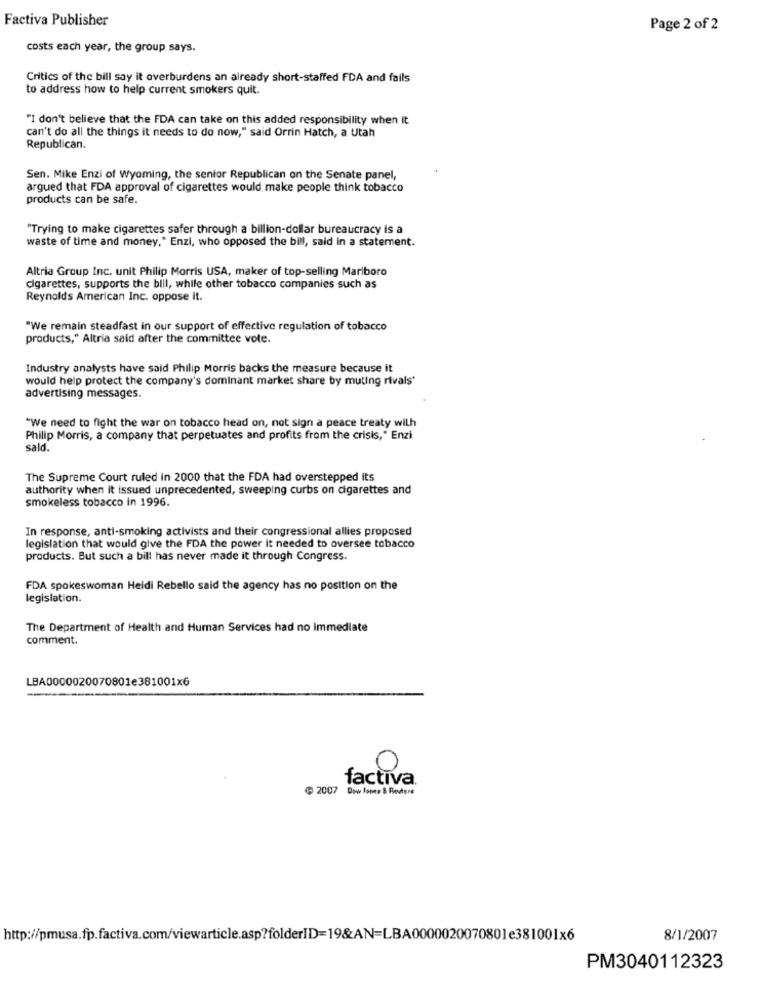
Factiva Publisher
Page 2 of 2
costs each year, the group says.
Critics of the bill say it overburdens an already short-staffed FDA and fails
to address how to help current smokers quit.
"I don't believe that the FDA can take on this added responsibility when It
can't do all the things it needs to do now," said Orrin Hatch, a Utah
Republican.
Sen. Mike Enzi of Wyoming, the senior Republican on the Senate panel,
argued that FDA approval of cigarettes would make people think tobacco
products can be safe.
"Trying to make cigarettes safer through a billion-dollar bureaucracy is a
waste of time and money." Enzi, who opposed the bill, said in a statement.
Altria Group Inc. unit Philip Morris USA, maker of top-selling Marlboro
cigarettes, supports the bill, while other tobacco companies such as
Reynolds American Inc. oppose it.
"We remain steadfast in our support of effective regulation of tobacco
products," Altria said after the committee vote.
Industry analysts have said Philip Morris backs the measure because it
would help protect the company's dominant market share by muting rivals'
advertising messages.
"We need to fight the war on tobacco head on, not sign a peace treaty with
Philip Morris, a company that perpetuates and profits from the crisis," Enzi
sald.
The Supreme Court ruled in 2000 that the FDA had overstepped Its
authority when it issued unprecedented, sweeping curbs on cigarettes and
smokeless tobacco in 1996.
In response, anti-smoking activists and their congressional allies proposed
legislation that would give the FDA the power it needed to oversee tobacco
products. But such a bill has never made it through Congress.
FDA spokeswoman Heidi Rebello said the agency has no position on the
legislation.
The Department of Health and Human Services had no Immediate
comment.
LBA0000020070801e381001x6
0
factiva.
2007 Dow Jones & Renders
http://pmusa.fp.factiva.com/viewarticle.asp?folderID=19&AN=LBA0000020070801e381001x6
8/1/2007
PM3040112323